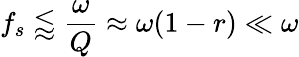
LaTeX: f_{s}\lessapprox\frac{\omega}{Q}\approx\omega(1-r)\ll\omega